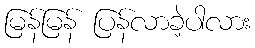
မြန်မြန် ပြန်လာခဲ့ပါလား